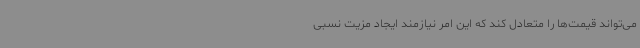
می‌تواند قیمت‌ها را متعادل کند که این امر نیازمند ایجاد مزیت نسبی